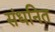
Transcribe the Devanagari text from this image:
संधनित